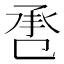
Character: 𢬬